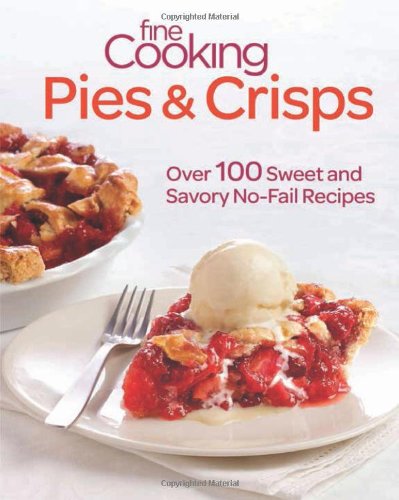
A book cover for Fine Cooking Pies & Crisps: Over 100 Sweet and Savory No-Fail Recipes; Editors of Fine Cooking; Cookbooks, Food & Wine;